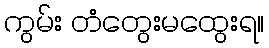
ကွမ်း တံတွေးမထွေးရ။